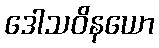
ဒေါသဝိနယော